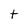
Character: t